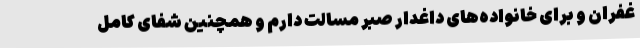
غفران و برای خانواده‌های داغدار صبر مسالت دارم و همچنین شفای کامل